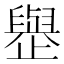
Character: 𪴿